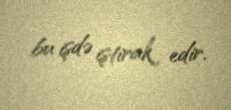
bu işdə iştirak edir.